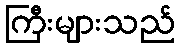
ကြီးများသည်